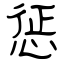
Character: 惩